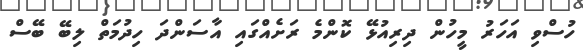
ހުސްވި އަހަރު މީހުން ދިރިއުޅޭ ކޮންމެ ރަށެއްގައި އާސަންދަ ހިދުމަތް ލިބޭ ބޭސް